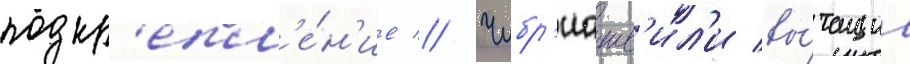
подкр'епл'е́н'ие // Чибр'иашв'ил'и вы́тащил